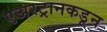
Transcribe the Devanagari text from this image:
एअरट्रानकडून